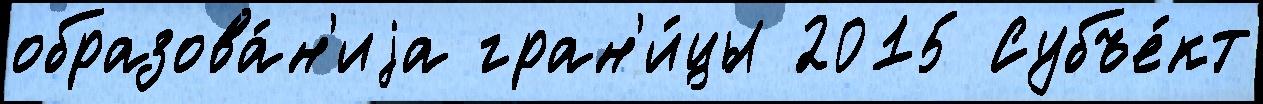
образова́н'иjа гран'и́цы 2015 Субъе́кт